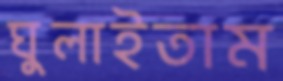
ঘুলাইতাম